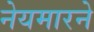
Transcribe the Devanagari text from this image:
नेयमारने